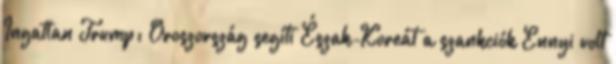
Ingatlan Trump: Oroszország segíti Észak-Koreát a szankciók Ennyi volt